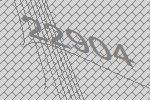
22904